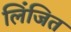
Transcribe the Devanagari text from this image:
लिंजित